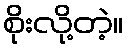
စိုးလို့တဲ့။